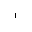
^ 1